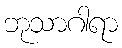
ဘုသာဂါရာ